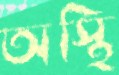
অস্থি